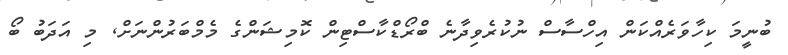
ބުނީމަ ކިހާވަރެއްކަން އިހްސާސް ނުކުރެވިދާނެ ބްރޯޑްކާސްޓިން ކޮމިޝަންގެ މެމްބަރުންނަށް